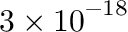
3 \ifmmode \times \else \texttimes \fi { } { 1 0 } ^ { \ensuremath { - } 1 8 }